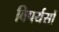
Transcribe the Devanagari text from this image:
विपर्यसों